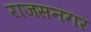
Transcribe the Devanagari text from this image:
राजसनगर